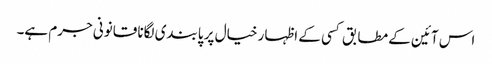
اس آئین کے مطابق کسی کے اظہار خیال پر پابندی لگانا قانونی جرم ہے۔